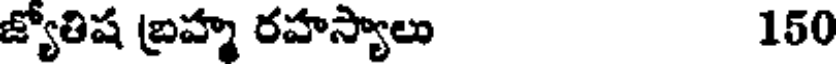
జ్యోతిష బ్రహ్మ రహస్యాలు 150